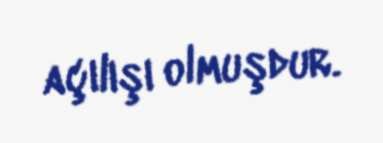
açılışı olmuşdur.